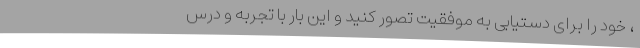
، خود را برای دستیابی به موفقیت تصور کنید و این بار با تجربه و درس